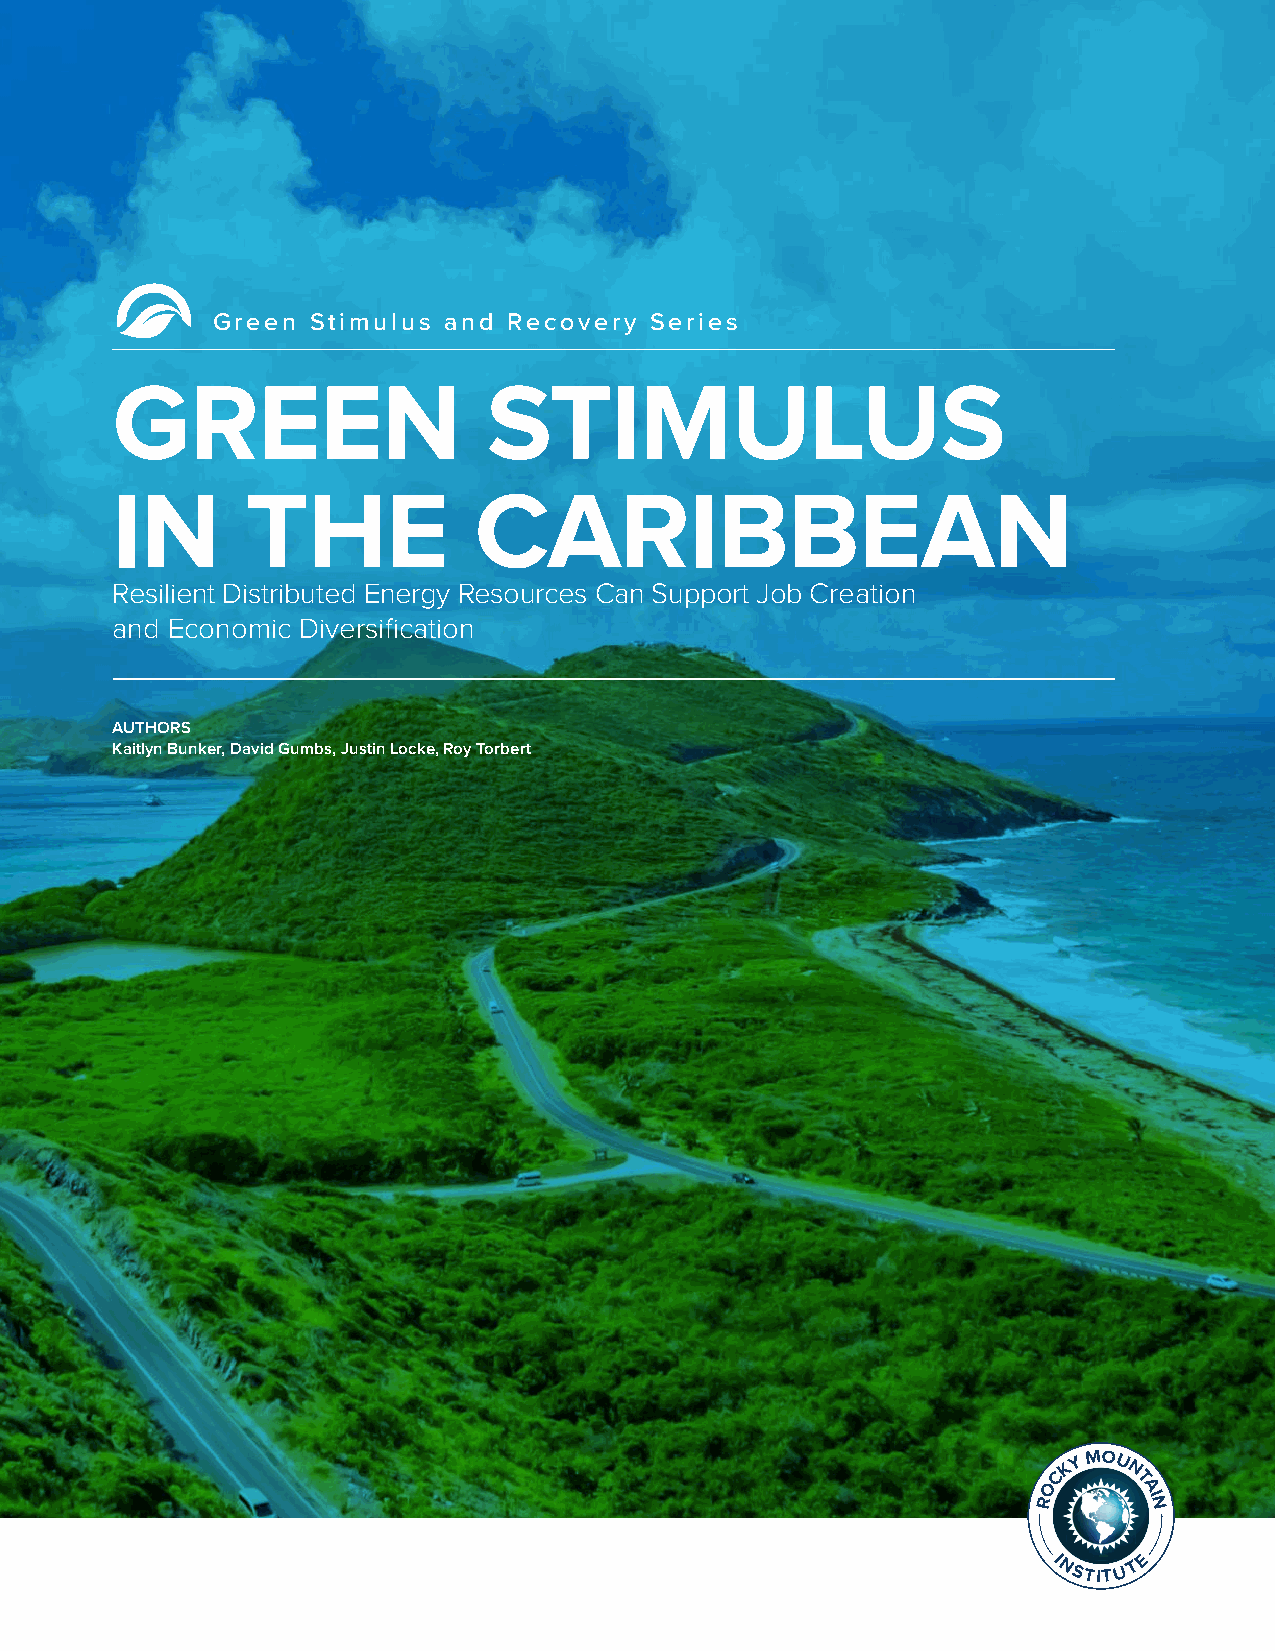
Green  Stimulus and Recovery Series
 GREEN                    STIMULUS
 IN       THE            CARIBBEAN
 Resilient Distributed Energy Resources Can Support Job Creation
 and Economic Diversification
 AUTHORS
 Kaitlyn Bunker, David Gumbs, Justin Locke, Roy Torbert
 OCK
 Y M OU
 N
 T
 A
 R      IN
 I NSTITU T E